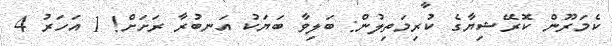
ކެމަރޫން ކޮރޭޝިޔާގެ ކުރިމަތިލުން: ބަލިވާ ބަޔަކު އަނބުރާ ރަށަށް! 1 އަހަރު 4